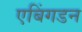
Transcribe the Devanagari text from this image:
एबिंगडन